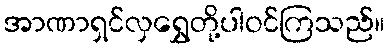
အာဏာရှင်လှရွှေတို့ပါဝင်ကြသည်။